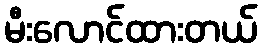
မီးလောင်ထားတယ်